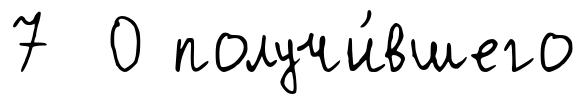
7 0 получи́вшего